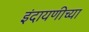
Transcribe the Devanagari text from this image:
इंदायणीच्या